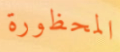
المحظورة